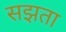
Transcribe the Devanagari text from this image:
सझता